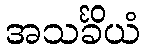
အသင်္ခိယံ